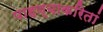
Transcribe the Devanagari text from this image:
पाहण्याकरितां